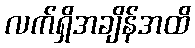
လက်ရှိအချိန်အထိ